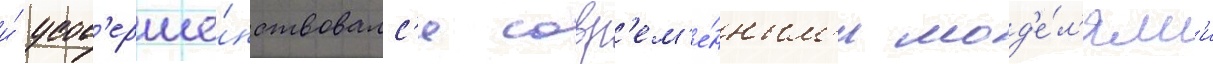
и́ усов'ерше́нствовалс'я совр'ем'е́нным'и мод'е́л'ям'и